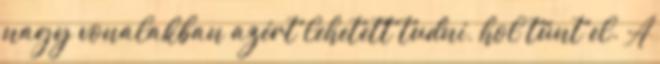
nagy vonalakban azért lehetett tudni, hol tűnt el. A